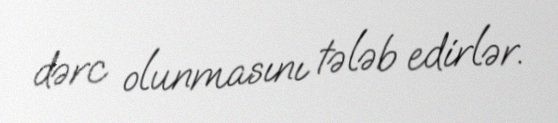
dərc olunmasını tələb edirlər.